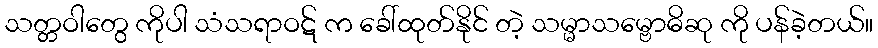
သတ္တဝါတွေ ကိုပါ သံသရာဝဋ် က ခေါ်ထုတ်နိုင် တဲ့ သမ္မာသမ္ဗောဓိဆု ကို ပန်ခဲ့တယ်။